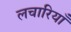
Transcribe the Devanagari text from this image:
लचारियाँ